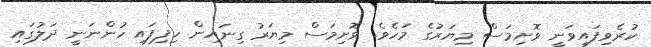
ކުރެވިފައިވަނީ ވޮށިމަސް މިޔަރުގެ މަހެވެ. ވޮށިމަސް މިޔަރު ގިނައިން ހިފިފައި ހުންނަނީ ދަލުގައި